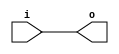
module alt_outbuf (i, o);
    input i;
    output o;
    parameter io_standard = "NONE";
    parameter current_strength = "NONE";
    parameter current_strength_new = "NONE";
    parameter slew_rate = -1;
    parameter slow_slew_rate = "NONE";
    parameter location = "NONE";
    parameter enable_bus_hold = "NONE";
    parameter weak_pull_up_resistor = "NONE"; 
    parameter termination = "NONE"; 
    parameter lpm_type = "alt_outbuf";
    assign o = i;
endmodule